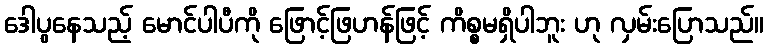
ဒေါပွနေသည့် မောင်ပါပီကို ဖြောင့်ဖြဟန်ဖြင့် ကိစ္စမရှိပါဘူး ဟု လှမ်းပြောသည်။